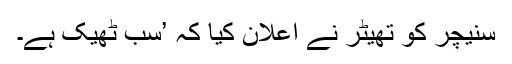
سنیچر کو تھیٹر نے اعلان کیا کہ ’سب ٹھیک ہے۔